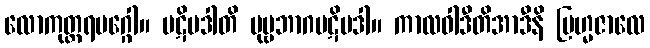
လောကုတ္တရမဂ္ဂေါ။ ပဋိပဒါတိ ပုဗ္ဗဘာဂပဋိပဒါ။ ကာလဝါဒီတိအာဒီနိ ဗြဟ္မဇာလေ